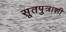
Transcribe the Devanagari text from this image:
सूतपुत्राशी